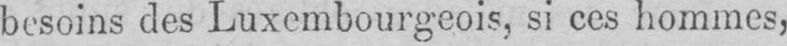
besoins des Luxembourgeois, si ces hommes,